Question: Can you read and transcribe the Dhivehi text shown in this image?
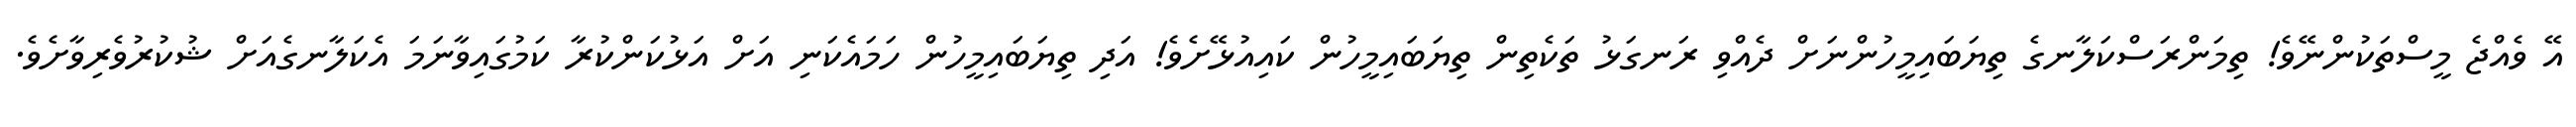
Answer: އޭ ވެއްޖެ މީސްތަކުންނޭވެ! ތިމަންރަސްކަލާނގެ ތިޔަބައިމީހުންނަށް ދެއްވި ރަނގަޅު ތަކެތިން ތިޔަބައިމީހުން ކައިއުޅޭށެވެ! އަދި ތިޔަބައިމީހުން ހަމައެކަނި އަށް އަޅުކަންކުރާ ކަމުގައިވާނަމަ އެކަލާނގެއަށް ޝުކުރުވެރިވާށެވެ.